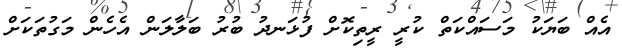
އެއް ބަޔަކު މަސައްކަތް ކުރީ ރީތިކޮށް ފުޅަނދު ބުރު ބަލާލަން އެހެން މަގުތަކަށް